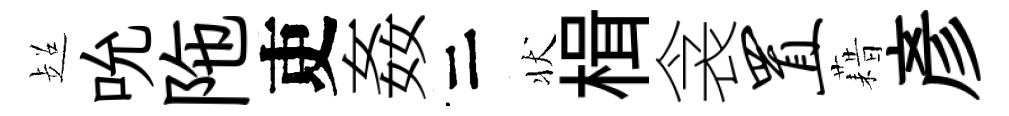
超吮陁吏姦二状楫衾置藉彥